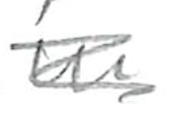
Text: in
Cross-out: scratch
Writing tool: pencil